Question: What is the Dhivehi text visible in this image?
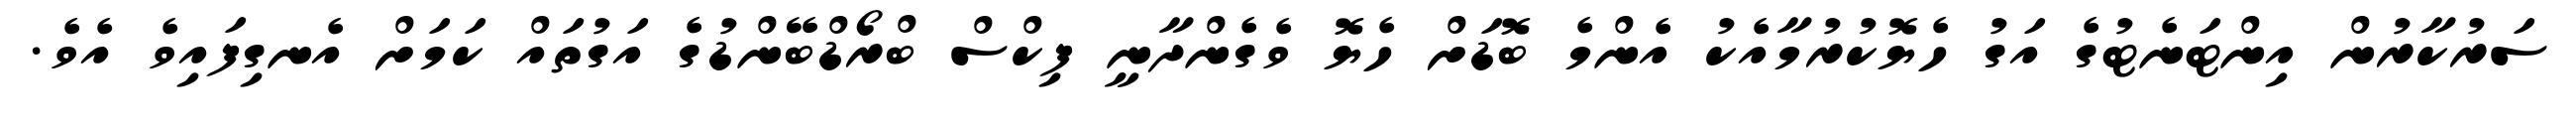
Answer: ސަރުކާރުން އިންޓަނެޓުގެ އަގު ހެޔޮކުރުމާއެކު އެންމެ ބޮޑަށް ހެޔޮ ވެގެންދާނީ ފިކްސް ބްރޯޑްބޭންޑުގެ އަގުތައް ކަމަށް އެނގިފައިވެ އެވެ.